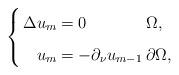
LaTeX: \begin{align*}\left\{\arraycolsep=1.4pt\def\arraystretch{1.6}\begin{array}{rll}\Delta u_m = & 0 & \Omega, \\u_m = & -\partial_{\nu}u_{m-1} & \partial \Omega,\end{array}\right.\end{align*}